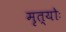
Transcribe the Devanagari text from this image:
मृत्योः